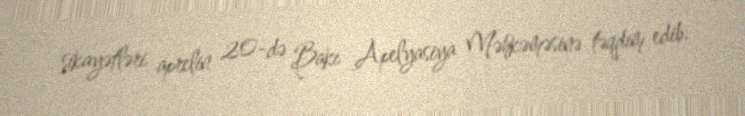
şikayətləri aprelin 20-də Bakı Apelyasiya Məhkəməsinə təqdim edib.